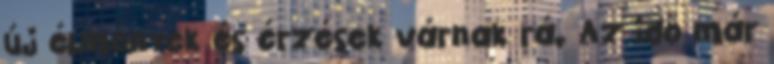
új élmények és érzések várnak rá. Az idő már